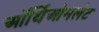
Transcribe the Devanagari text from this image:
ऑर्थिओमलेट